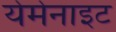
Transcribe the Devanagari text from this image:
येमेनाइट